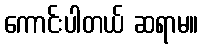
ကောင်းပါတယ် ဆရာမ။